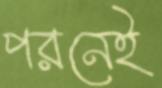
পরনেই